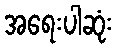
အရေးပါဆုံး